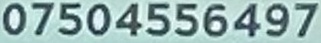
07504556497